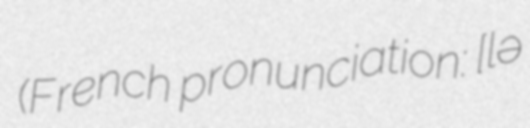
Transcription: (French pronunciation: ​[lə